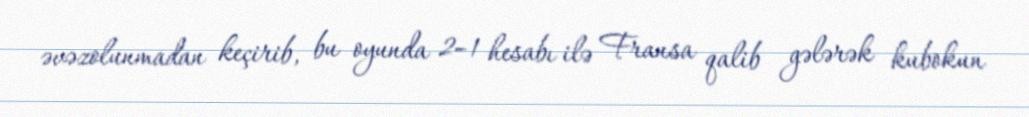
əvəzolunmadan keçirib, bu oyunda 2–1 hesabı ilə Fransa qalib gələrək kubokun